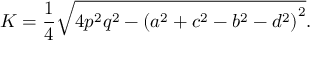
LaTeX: K = { \frac { 1 } { 4 } } { \sqrt { 4 p ^ { 2 } q ^ { 2 } - \left( a ^ { 2 } + c ^ { 2 } - b ^ { 2 } - d ^ { 2 } \right) ^ { 2 } } } .